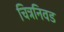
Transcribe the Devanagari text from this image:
चित्रनिवड